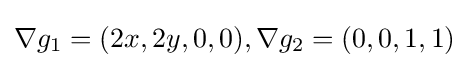
\nabla g_{1}=(2x,2y,0,0),\nabla g_{2}=(0,0,1,1)